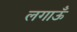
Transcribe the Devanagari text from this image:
लगाऊँ